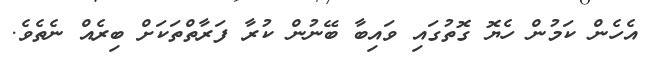
އެހެން ކަމުން ހެޔޮ ގޮތުގައި ވައިބާ ބޭނުން ކުރާ ފަރާތްތަކަށް ބިރެއް ނެތެވެ.